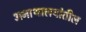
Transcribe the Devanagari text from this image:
अनाथालयांतील